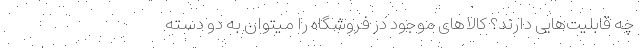
چه قابلیت‌هایی دارند؟ کالاهای موجود در فروشگاه را میتوان به دو دسته